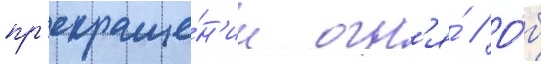
пр'екраще́н'ии огн'я́ // О́б